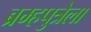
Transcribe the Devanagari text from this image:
ब्रम्हपुत्रेला